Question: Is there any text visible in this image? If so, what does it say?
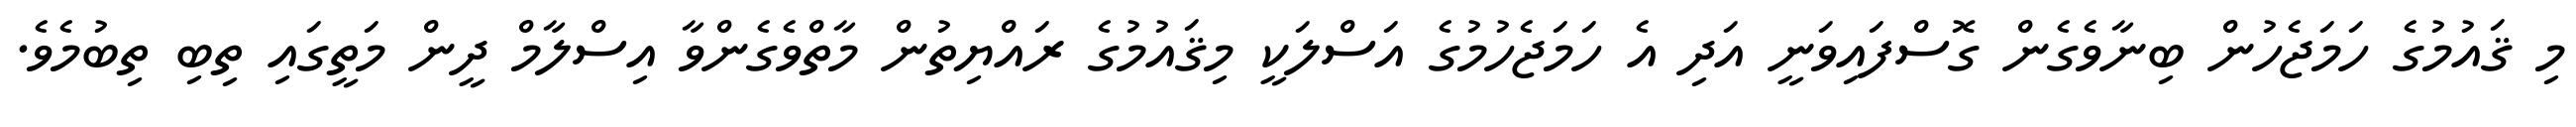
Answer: މި ޤައުމުގެ ހަމަޖެހުން ބިނާވެގެން ގޮސްފައިވަނީ އަދި އެ ހަމަޖެހުމުގެ އަސްލަކީ މިޤައުމުގެ ރައްޔިތުން މާތްވެގެންވާ އިސްލާމް ދީން މަތީގައި ތިބި ތިބުމެވެ.